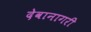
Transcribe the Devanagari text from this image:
देवानागरी